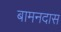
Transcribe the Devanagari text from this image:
बामनदास